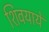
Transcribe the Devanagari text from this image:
शिवयायें